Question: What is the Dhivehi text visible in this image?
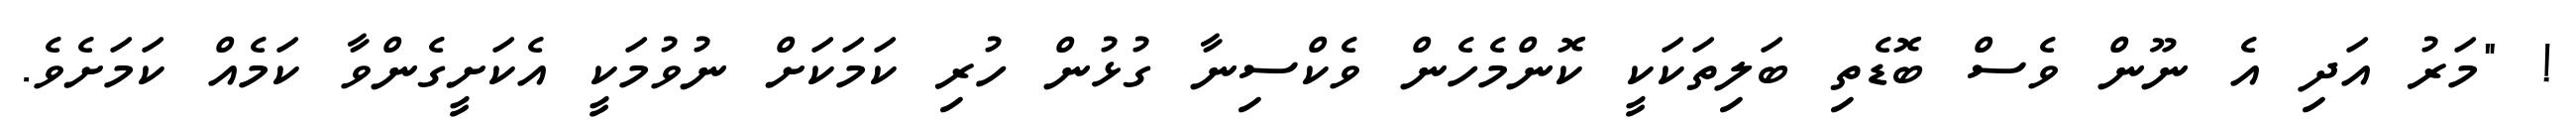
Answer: ! "މަރު އަދި އެ ނޫން ވެސް ބޮޑެތި ބަލިތަކަކީ ކޮންމެހެން ވެކްސިނާ ގުޅުން ހުރި ކަމަކަށް ނުވުމަކީ އެކަށީގެންވާ ކަމެއް ކަމަށެވެ.